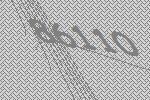
86110